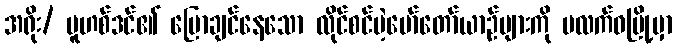
အရိုး/ မူဟစ်ဒင်၏ ပြောချင်နေသော လိုင်စင်မဲ့မော်တော်ယာဉ်များကို ပလက်ဝမြို့မှာ